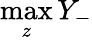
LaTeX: \operatorname*{max}_{z}Y_{-}